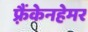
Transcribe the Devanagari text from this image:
फ़्रैंकेनहेमर